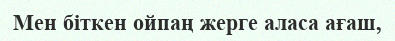
Мен біткен ойпаң жерге аласа ағаш,